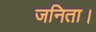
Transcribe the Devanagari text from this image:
जनिता।